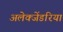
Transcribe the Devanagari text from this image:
अलेक्जेंडरिया